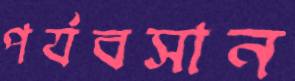
পর্যবসান